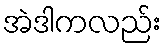
အဲဒါကလည်း